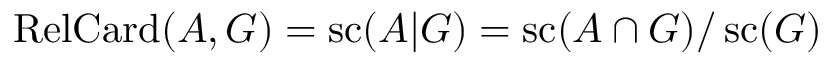
\operatorname { R e l C a r d } ( A , G ) = \operatorname { s c } ( A | G ) = \operatorname { s c } ( A \cap { G } ) / \operatorname { s c } ( G )